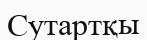
Сутартқы